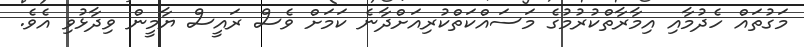
މަގުތައް ހެދުމާއި އިމާރާތްކުރުމުގެ މަސައްކަތްކުރިއަށްދާނެ ކަމަށް ވެސް ރައީސް ޔާމީން ވިދާޅުވި އެވެ.